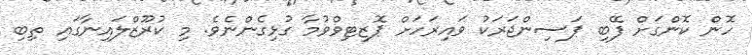
ހޮން ކޮންގަށް ފޭބި ޕަސިންޖަރަކު ވައިރަހަށް ޕޮޒިޓިވްވުމާ ގުޅިގެންނެވެ. މި ކުރޫޒްލައިނާގައި ތިބި